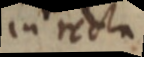
iu recta